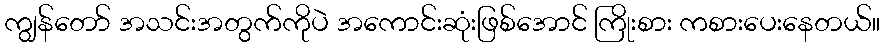
ကျွန်တော် အသင်းအတွက်ကိုပဲ အကောင်းဆုံးဖြစ်အောင် ကြိုးစား ကစားပေးနေတယ်။